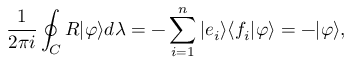
{ \frac { 1 } { 2 \pi i } } \oint _ { C } R | \varphi \rangle d \lambda = - \sum _ { i = 1 } ^ { n } | e _ { i } \rangle \langle f _ { i } | \varphi \rangle = - | \varphi \rangle ,